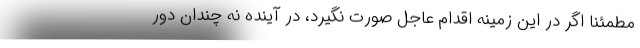
مطمئنا اگر در این زمینه اقدام عاجل صورت نگیرد، در آینده نه چندان دور